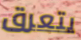
يتعرق